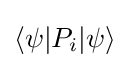
\langle \psi |P_{i}|\psi \rangle